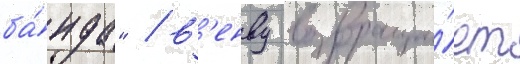
ба́нда" / в'енву возвраща́ет